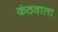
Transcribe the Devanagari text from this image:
कंठवाला